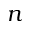
n